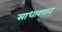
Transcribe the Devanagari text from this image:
साधारणात